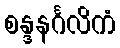
စန္ဒနင်္ဂလိကံ